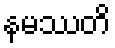
နမဿတိ